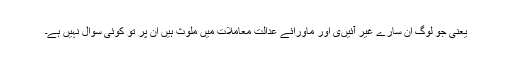
یعنی جو لوگ ان سارے غیر آئیںی اور ماورائے عدالت معاملات میں ملوث ہیں ان پر تو کوئی سوال نہیں ہے۔